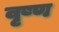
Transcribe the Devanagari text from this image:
वृष्ण